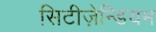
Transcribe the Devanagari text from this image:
सिटीज़ेन्डियम